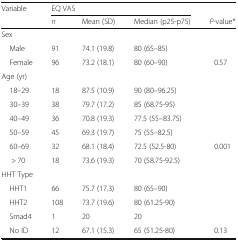
| <ROWSPAN=2> Variable | <COLSPAN=3> EQ VAS |  |
 | n | Mean (SD) | Median (p25-p75) | P-value* |
 | --- | --- | --- | --- | --- |
 | <COLSPAN=5> Sex |
 | Male | 91 | 74.1 (19.8) | 80 (65–85) |  |
 | Female | 96 | 73.2 (18.1) | 80 (60–90) | 0.57 |
 | <COLSPAN=5> Age (yr) |
 | 18–29 | 18 | 87.5 (10.9) | 90 (80–96.25) |  |
 | 30–39 | 38 | 79.7 (17.2) | 85 (68.75-95) |  |
 | 40–49 | 36 | 70.8 (19.3) | 77.5 (55–83.75) |  |
 | 50–59 | 45 | 69.3 (19.7) | 75 (55–82.5) |  |
 | 60–69 | 32 | 68.1 (18.4) | 72.5 (52.5-80) | 0.001 |
 | > 70 | 18 | 73.6 (19.3) | 70 (58.75-92.5) |  |
 | <COLSPAN=5> HHT Type |
 | HHT1 | 66 | 75.7 (17.3) | 80 (65–90) |  |
 | HHT2 | 108 | 73.7 (19.6) | 80 (61.25-90) |  |
 | Smad4 | 1 | 20 | 20 |  |
 | No ID | 12 | 67.1 (15.3) | 65 (51.25-80) | 0.13 |